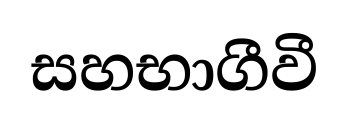
සහභාගීවී